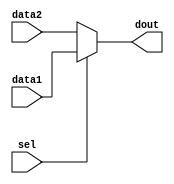
`timescale 1ns / 1ps
//////////////////////////////////////////////////////////////////////////////////
// Company: 
// Engineer: 
// 
// Design Name: 
// Module Name: mux
// Project Name: 
// Target Devices: 
// Tool Versions: 
// Description: 
// 
// Dependencies: 
// 
// Revision:
// Revision 0.01 - File Created
// Additional Comments:
// 
//////////////////////////////////////////////////////////////////////////////////



module mux(data1,data2,sel,dout
    );
	input [31:0]data1;
	input [31:0]data2;
	input sel;
	output [31:0]dout;
	
	assign dout = sel ? data1 : data2 ;

endmodule